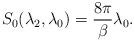
LaTeX: \begin{align*}S_0(\lambda_2,\lambda_0)=\frac{8\pi}{\beta}\lambda_0.\end{align*}